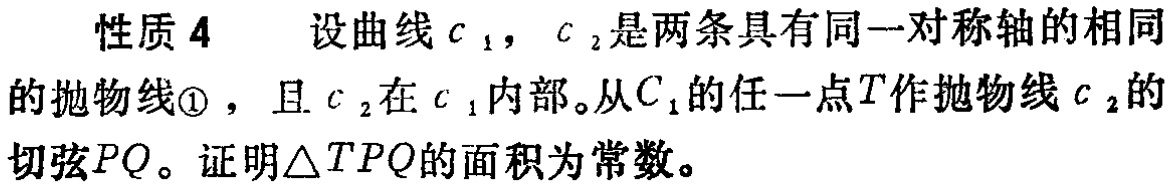
性质 4 设曲线\(c_1\)，\(c_2\)是两条具有同一对称轴的相同的抛物线\textcircled{1}，且\(c_2\)在\(c_1\)内部。从\(C_1\)的任一点\(T\)作抛物线\(c_2\)的切弦\(PQ\)。证明\(\triangle TPQ\)的面积为常数。